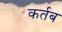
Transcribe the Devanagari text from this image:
कर्तब